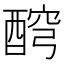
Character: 𨡗